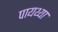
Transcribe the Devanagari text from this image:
पायथ्या